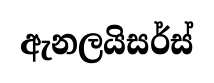
ඇනලයිසර්ස්